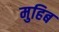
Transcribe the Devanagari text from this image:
मुहिब